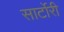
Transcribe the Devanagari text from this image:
सार्टोरी